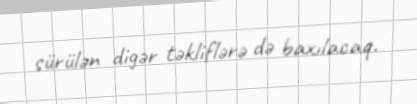
sürülən digər təkliflərə də baxılacaq.